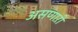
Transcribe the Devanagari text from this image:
असणाऱी